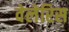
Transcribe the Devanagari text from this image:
वेलेरिस